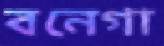
বনেগা